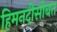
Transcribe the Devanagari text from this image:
हिमनदीसोबत